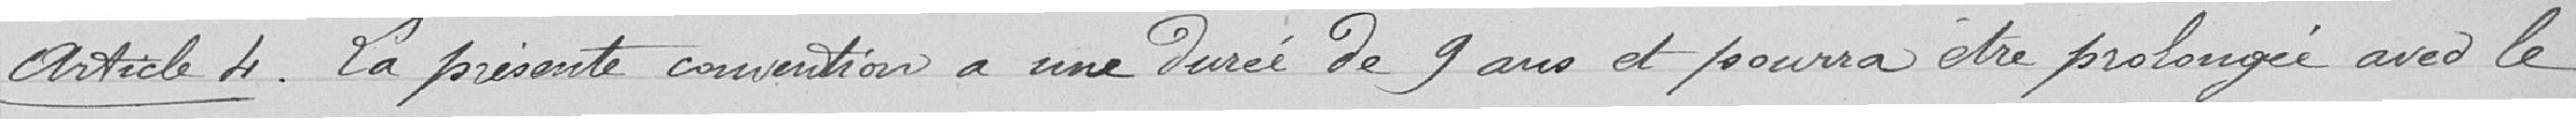
Article 4 : La présente convention a une durée de 9 ans et pourra être prolongée avec le